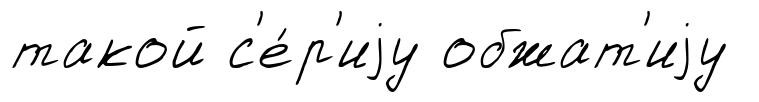
такой с'е́р'иjу обжат'иjу